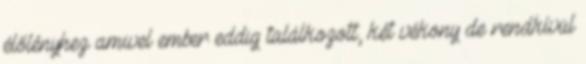
élőlényhez amivel ember eddig találkozott, két vékony de rendkívül